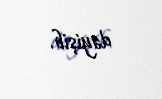
dəyişib.